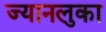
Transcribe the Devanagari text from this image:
ज्यानलुका